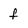
Character: f